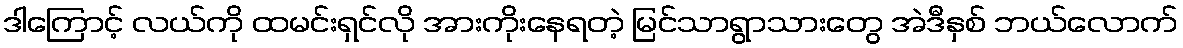
ဒါကြောင့် လယ်ကို ထမင်းရှင်လို အားကိုးနေရတဲ့ မြင်သာရွာသားတွေ အဲဒီနှစ် ဘယ်လောက်